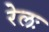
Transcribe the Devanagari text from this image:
रेलः